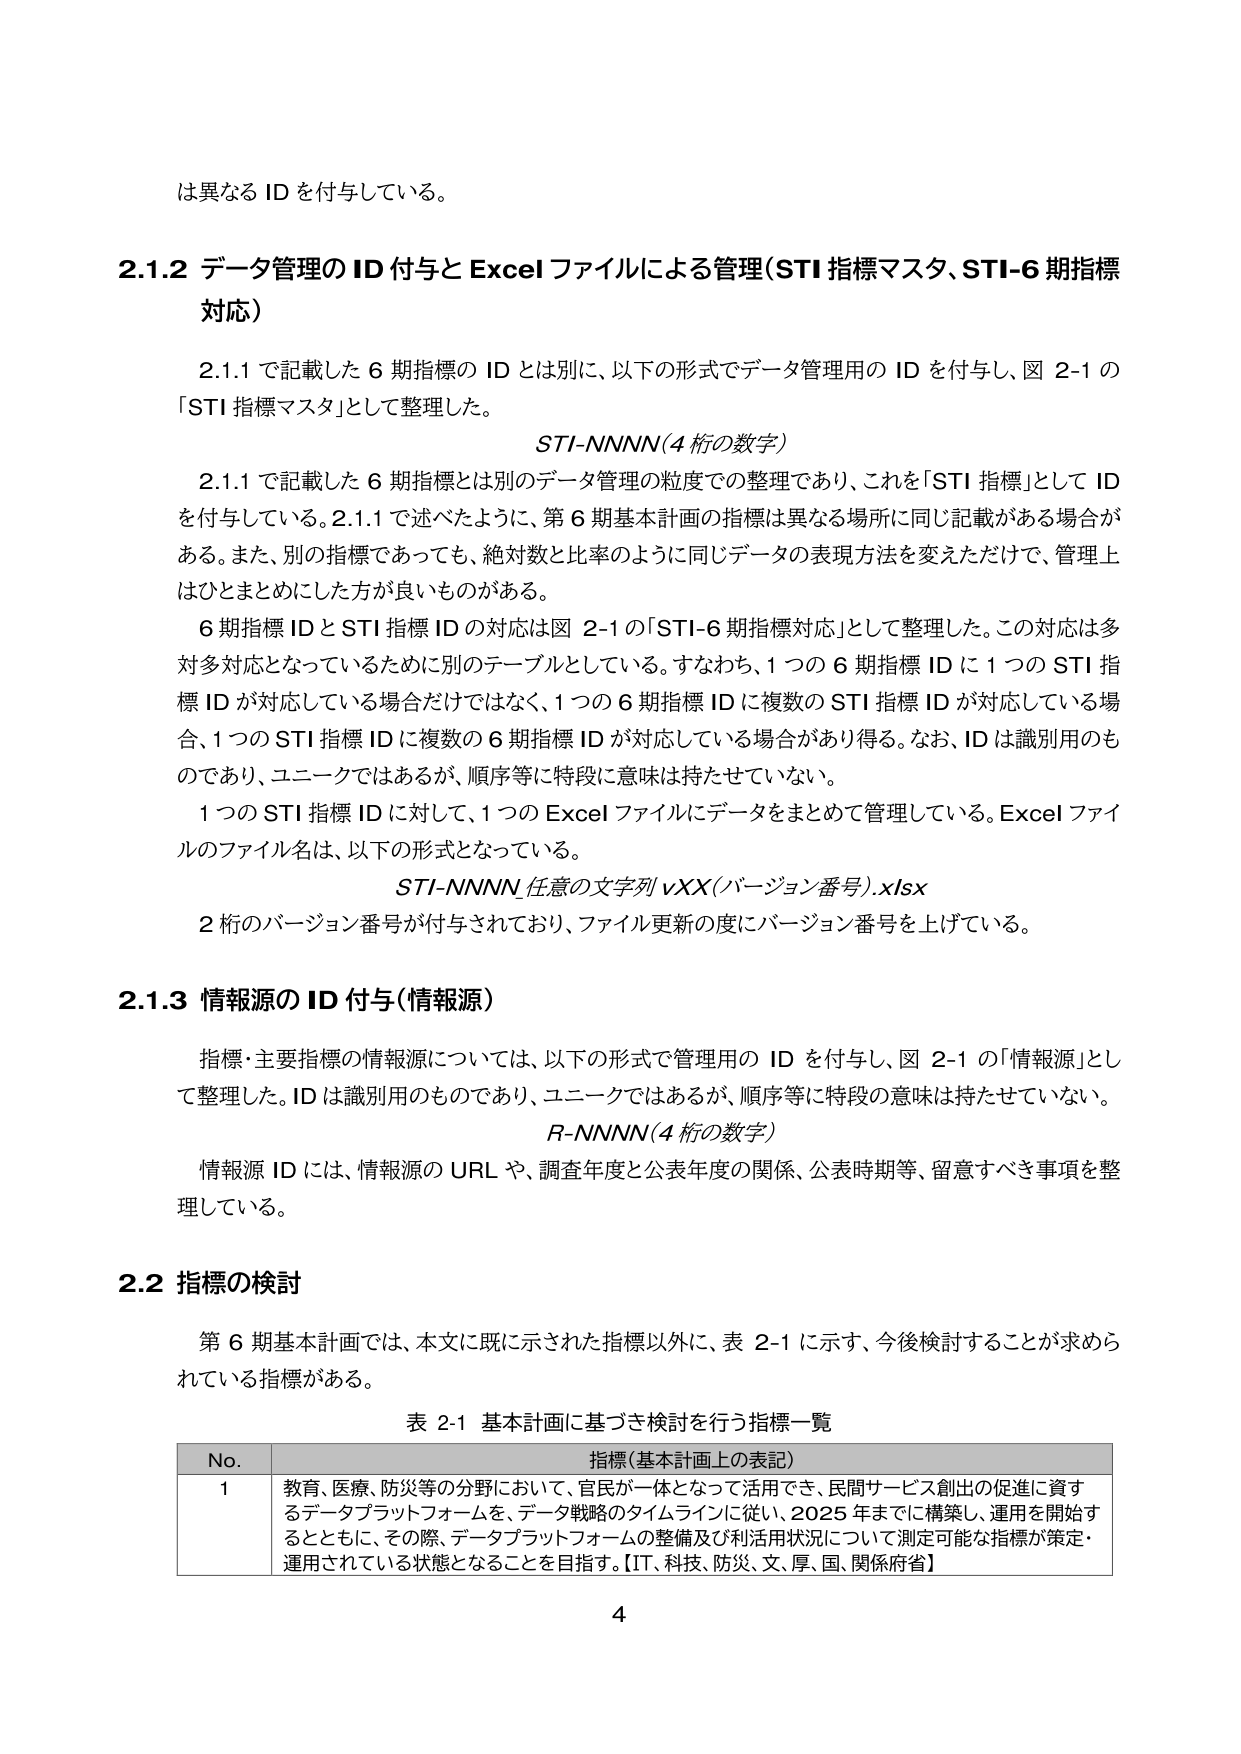
は異なる ID を付与している。

2.1.2 データ管理の ID 付与と Excel ファイルによる管理(STI 指標マスタ、STI-6 期指標対応)

2.1.1 で記載した 6 期指標の ID とは別に、以下の形式でデータ管理用の ID を付与し、図 2-1 の「STI 指標マスタ」として整理した。

STI-NNNN(4 桁の数字)

2.1.1 で記載した 6 期指標とは別のデータ管理の粒度での整理であり、これを「STI 指標」として ID を付与している。2.1.1 で述べたように、第 6 期基本計画の指標は異なる場所に同じ記載がある場合がある。また、別の指標であっても、絶対数と比率のように同じデータの表現方法を変えただけで、管理上はひとまとめにした方が良いものがある。

6 期指標 ID と STI 指標 ID の対応は図 2-1 の「STI-6 期指標対応」として整理した。この対応は多対多対応となっているために別のテーブルとしている。すなわち、1 つの 6 期指標 ID に 1 つの STI 指標 ID が対応している場合だけではなく、1 つの 6 期指標 ID に複数の STI 指標 ID が対応している場合、1 つの STI 指標 ID に複数の 6 期指標 ID が対応している場合があり得る。なお、ID は識別用のものであり、ユニークではあるが、順序等に特段に意味は持たせていない。

1 つの STI 指標 ID に対して、1 つの Excel ファイルにデータをまとめて管理している。Excel ファイルのファイル名は、以下の形式となっている。

STI-NNNN_任意の文字列vXX(バージョン番号).xlsx

2 桁のバージョン番号が付与されており、ファイル更新の度にバージョン番号を上げている。

2.1.3 情報源の ID 付与(情報源)

指標・主要指標の情報源については、以下の形式で管理用の ID を付与し、図 2-1 の「情報源」として整理した。ID は識別用のものであり、ユニークではあるが、順序等に特段の意味は持たせていない。

R-NNNN(4 桁の数字)

情報源 ID には、情報源の URL や、調査年度と公表年度の関係、公表時期等、留意すべき事項を整理している。

2.2 指標の検討

第 6 期基本計画では、本文に既に示された指標以外に、表 2-1 に示す、今後検討することが求められている指標がある。

表 2-1 基本計画に基づき検討を行う指標一覧

No. 指標(基本計画上の表記)

1 教育、医療、防災等の分野において、官民が一体となって活用でき、民間サービス創出の促進に資するデータプラットフォームを、データ戦略のタイムラインに従い、2025 年までに構築し、運用を開始するとともに、その際、データプラットフォームの整備及び利活用状況について測定可能な指標が策定・運用されている状態となることを目指す。【IT、科技、防災、文、厚、国、関係府省】

4